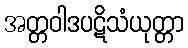
အတ္တဝါဒပဋိသံယုတ္တာ